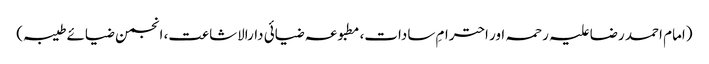
(امام احمد رضا علیہ رحمہ اور احترامِ سادات، مطبوعہ ضیائی دارالاشاعت، انجمن ضیائے طیبہ)